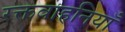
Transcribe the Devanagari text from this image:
रक्तवाहनियाँ